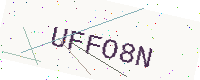
Text: UFFO8N